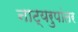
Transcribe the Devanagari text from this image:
नाट्यरुपांतर